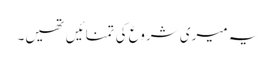
یہ میری شروع کی تمنائیں تھیں۔